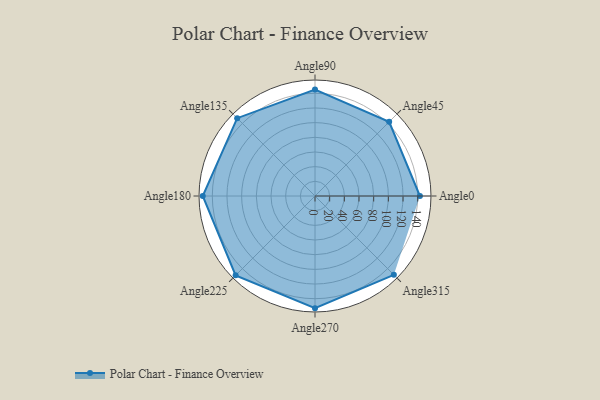
{"axis": {"x": "Angle", "y": "Radius"}, "legend": [""], "data": [{"x": "Angle0", "y": 143.0, "type": ""}, {"x": "Angle45", "y": 143.0, "type": ""}, {"x": "Angle90", "y": 145.0, "type": ""}, {"x": "Angle135", "y": 150.0, "type": ""}, {"x": "Angle180", "y": 153.0, "type": ""}, {"x": "Angle225", "y": 153.0, "type": ""}, {"x": "Angle270", "y": 153.0, "type": ""}, {"x": "Angle315", "y": 152.0, "type": ""}]}